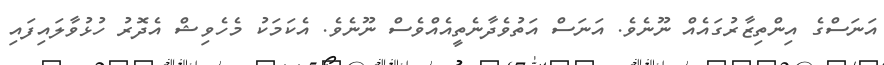
އަނަސްގެ އިންތިޒާރުގައެއް ނޫނެވެ. އަނަސް އަތުވެދާނެތީއެއްވެސް ނޫނެވެ. އެކަމަކު މެހެވިޝް އެދޮރު ހުޅުވާލައިފައި